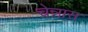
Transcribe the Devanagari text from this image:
चेन्नास